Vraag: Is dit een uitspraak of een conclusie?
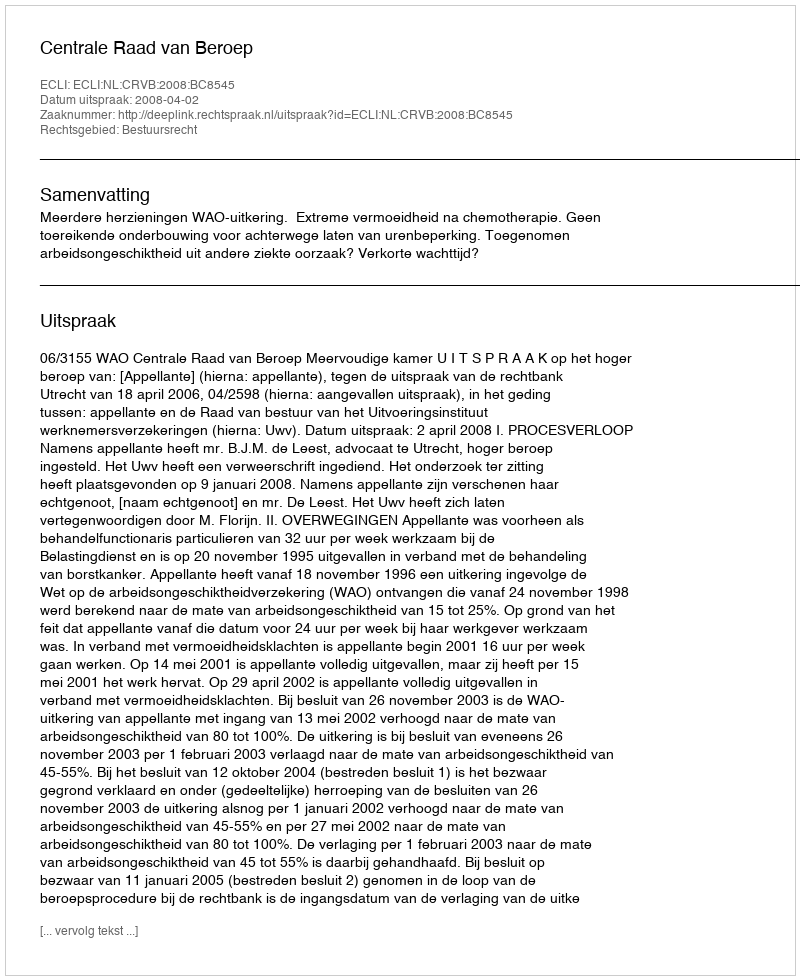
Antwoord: Uitspraak